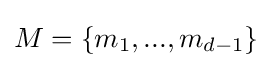
M=\{m_{1},...,m_{d-1}\}